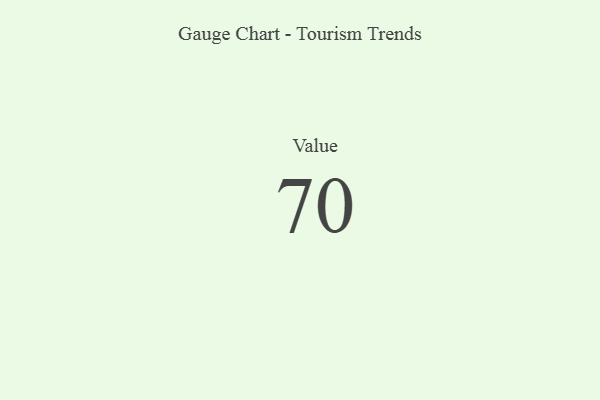
{"axis": {"x": "Metric", "y": "Value"}, "legend": [""], "data": [{"x": "Value", "y": 70, "type": ""}]}